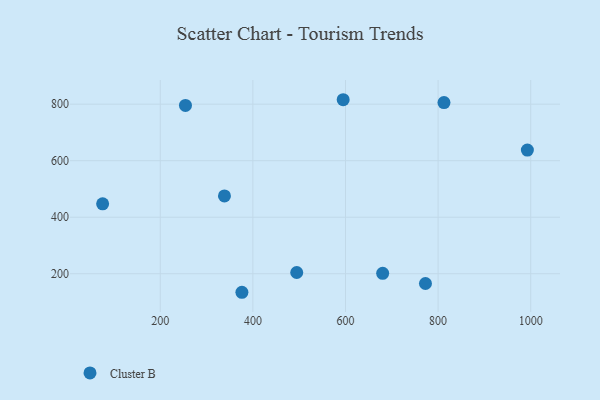
{"axis": {"x": "Engine Size", "y": "Fuel Efficiency"}, "legend": ["Cluster B"], "data": [{"x": "680.3", "y": 201.4, "type": "Cluster B"}, {"x": "494.7", "y": 204.5, "type": "Cluster B"}, {"x": "772.7", "y": 165.5, "type": "Cluster B"}, {"x": "376.3", "y": 134.5, "type": "Cluster B"}, {"x": "812.7", "y": 805.6, "type": "Cluster B"}, {"x": "595.0", "y": 815.7, "type": "Cluster B"}, {"x": "254.4", "y": 795.4, "type": "Cluster B"}, {"x": "338.6", "y": 475.3, "type": "Cluster B"}, {"x": "75.5", "y": 447.3, "type": "Cluster B"}, {"x": "992.8", "y": 637.6, "type": "Cluster B"}]}